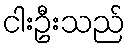
ငါးဦးသည်